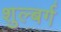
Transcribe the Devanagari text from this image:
शुल्बर्ग